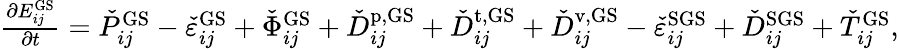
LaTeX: \begin{array}{r}{\frac{\partial E_{ij}^{\mathrm{GS}}}{\partial t}=\check{P}_{ij}^{\mathrm{GS}}-\check{\varepsilon}_{ij}^{\mathrm{GS}}+\check{\Phi}_{ij}^{\mathrm{GS}}+\check{D}_{ij}^{\mathrm{p,GS}}+\check{D}_{ij}^{\mathrm{t,GS}}+\check{D}_{ij}^{\mathrm{v,GS}}-\check{\varepsilon}_{ij}^{\mathrm{SGS}}+\check{D}_{ij}^{\mathrm{SGS}}+\check{T}_{ij}^{\mathrm{GS}},}\end{array}